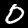
Label: 0